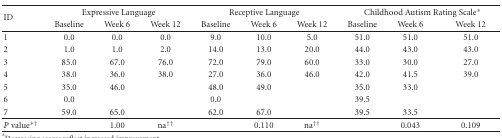
| <ROWSPAN=2> ID | <COLSPAN=3> Expressive Language | <COLSPAN=3> Receptive Language | <COLSPAN=3> Childhood Autism Rating Scale∗ |
 | Baseline | Week 6 | Week 12 | Baseline | Week 6 | Week 12 | Baseline | Week 6 | Week 12 |
 | --- | --- | --- | --- | --- | --- | --- | --- | --- | --- |
 | 1 | 0.0 | 0.0 | 0.0 | 9.0 | 10.0 | 5.0 | 51.0 | 51.0 | 51.0 |
 | 2 | 1.0 | 1.0 | 2.0 | 14.0 | 13.0 | 20.0 | 44.0 | 43.0 | 43.0 |
 | 3 | 85.0 | 67.0 | 76.0 | 72.0 | 79.0 | 60.0 | 33.0 | 30.0 | 27.0 |
 | 4 | 38.0 | 36.0 | 38.0 | 27.0 | 36.0 | 46.0 | 42.0 | 41.5 | 39.0 |
 | 5 | 35.0 | 46.0 |  | 48.0 | 49.0 |  | 35.0 | 33.0 |  |
 | 6 | 0.0 |  |  | 0.0 |  |  | 39.5 |  |  |
 | 7 | 59.0 | 65.0 |  | 62.0 | 67.0 |  | 39.5 | 33.5 |  |
 | P value∗† |  | 1.00 | na†† |  | 0.110 | na†† |  | 0.043 | 0.109 |